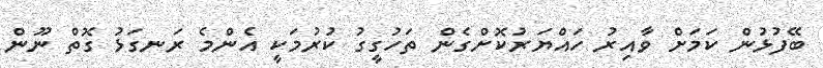
ބޭފުޅުން ކަމަށް ވާއިރު ހައްޔަރުކޮށްގެން ތަހުގީގު ކުރުމަކީ އެންމެ ރަނގަޅު ގޮތް ނޫން